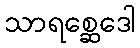
သာရစ္ဆေဒေါ